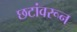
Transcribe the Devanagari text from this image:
छटांवरून